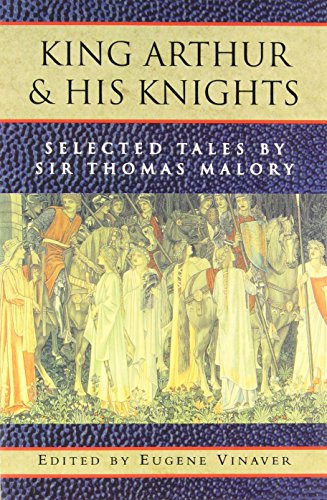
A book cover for King Arthur and His Knights: Selected Tales; Thomas Malory; Literature & Fiction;